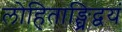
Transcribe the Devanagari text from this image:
लोहिताङ्घ्रिद्वयं